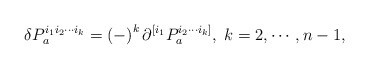
\begin{align*}\delta P_{a}^{i_{1}i_{2}\cdots i_{k}}=\left( -\right) ^{k}\partial^{[i_{1}}P_{a}^{i_{2}\cdots i_{k}]},\;k=2,\cdots ,n-1, \end{align*}